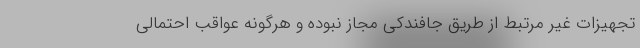
تجهیزات غیر مرتبط از طریق جافندکی مجاز نبوده و هرگونه عواقب احتمالی